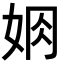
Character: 𡜃